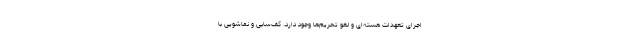
اجرای تعهدات هسته‌ای و لغو تحریم‌ها وجود دارد. کف‌سابی و نماشویی با